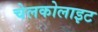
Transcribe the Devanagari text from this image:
चेलकोलाइट